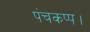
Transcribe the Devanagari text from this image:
पंचकप्प।